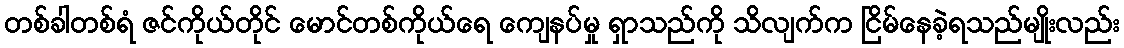
တစ်ခါတစ်ရံ ဇင်ကိုယ်တိုင် မောင်တစ်ကိုယ်ရေ ကျေနပ်မှု ရှာသည်ကို သိလျက်က ငြိမ်နေခဲ့ရသည်မျိုးလည်း